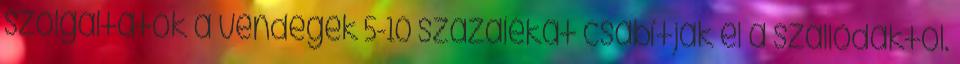
szolgáltatók a vendégek 5-10 százalékát csábítják el a szállodáktól.